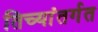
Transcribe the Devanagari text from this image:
तिच्यांतर्गत